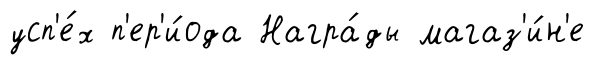
усп'е́х п'ер'и́ода Награ́ды магаз'и́н'е